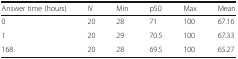
<table><thead><tr><td><b>Answer time (hours)</b></td><td><b><i>N</i></b></td><td><b>Min</b></td><td><b>p50</b></td><td><b>Max</b></td><td><b>Mean</b></td></tr></thead><tbody><tr><td>0</td><td>20</td><td>28</td><td>71</td><td>100</td><td>67.16</td></tr><tr><td>1</td><td>20</td><td>29</td><td>70.5</td><td>100</td><td>67.33</td></tr><tr><td>168</td><td>20</td><td>28</td><td>69.5</td><td>100</td><td>65.27</td></tr></tbody></table>